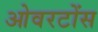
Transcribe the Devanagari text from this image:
ओवरटोंस